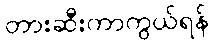
တားဆီးကာကွယ်ရန်